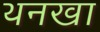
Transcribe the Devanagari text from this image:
थनखा